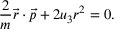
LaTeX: { \frac { 2 } { m } } { \vec { r } } \cdot { \vec { p } } + 2 u _ { 3 } r ^ { 2 } = 0 .